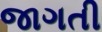
જાગતી